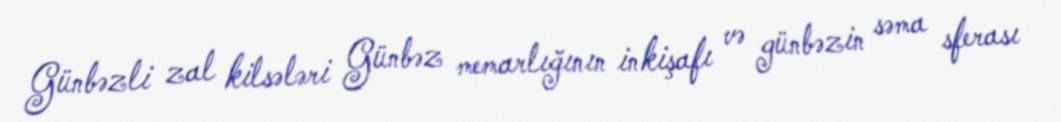
Günbəzli zal kilsələri Günbəz memarlığının inkişafı və günbəzin səma sferası